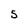
Character: 5